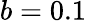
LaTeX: b=0.1